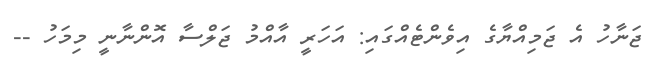
ޖަނާހު އެ ޖަމިއްޔާގެ އިވެންޓެއްގައި: އަހަރީ އާއްމު ޖަލްސާ އޮންނާނީ މިމަހު --